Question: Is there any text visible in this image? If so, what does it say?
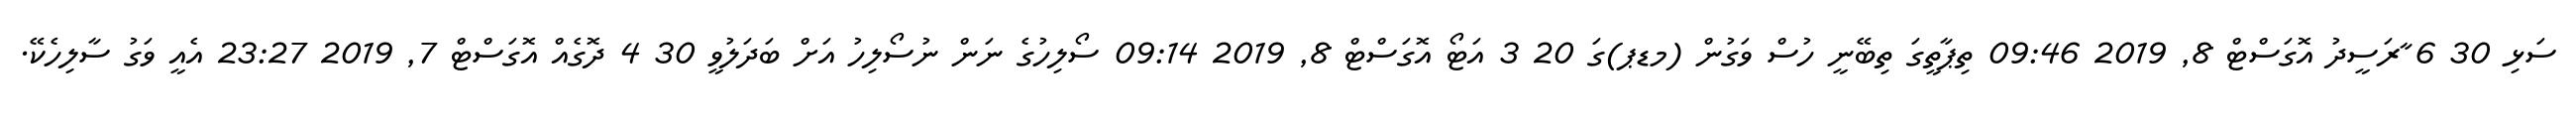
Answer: ސަޅި 30 6 ާރަސީދު އޮގަސްޓް 8, 2019 09:46 ތިޕާތީގަ ތިބޭނީ ހުސް ވަގުން (މޑޕ)ގަ 20 3 އަޓޯ އޮގަސްޓް 8, 2019 09:14 ސޯލިހުގެ ނަން ނުސޯލިހު އަށް ބަދަލުވީ 30 4 ދޮގެއް އޮގަސްޓް 7, 2019 23:27 އެއީ ވަގު ސާލިހެކޭ.